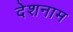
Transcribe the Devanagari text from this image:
देशनाम